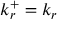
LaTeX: k _ { r } ^ { + } = k _ { r }